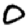
Digit: 0